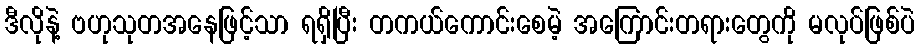
ဒီလိုနဲ့ ဗဟုသုတအနေဖြင့်သာ ရရှိပြီး တကယ်ကောင်းစေမဲ့ အကြောင်းတရားတွေကို မလုပ်ဖြစ်ပဲ